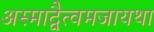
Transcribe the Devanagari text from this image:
अस्माद्वैत्वमजायथा